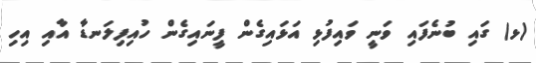
(ޅ) ގައި ބުނެފައި ވަނީ ވައިފުޅި އަޅައިގެން ފީނައިގެން ހުއިފިލަނޑާ އާއި އިހި